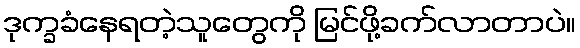
ဒုက္ခခံနေရတဲ့သူတွေကို မြင်ဖို့ခက်လာတာပဲ။